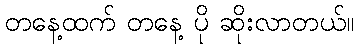
တနေ့ထက် တနေ့ ပို ဆိုးလာတယ်။